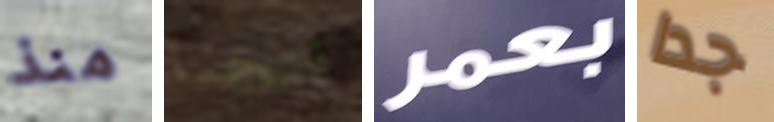
منذ فتحنا بعمر جدا